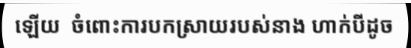
ឡើយ  ចំពោះការបកស្រាយរបស់នាង ហាក់បីដូច